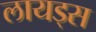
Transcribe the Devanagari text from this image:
लायड्स